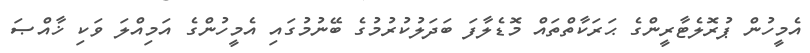
އެމީހުން ޕުރޮލެޓާރީންގެ ޙަރަކާތްތައް މޮޑެލާފަ ބަދަލުކުރުމުގެ ބޭނުމުގައި އެމީހުންގެ އަމިއްލަ ވަކި ޚާއްޞަ